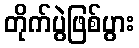
တိုက်ပွဲဖြစ်ပွား